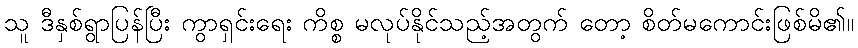
သူ ဒီနှစ်ရွာပြန်ပြီး ကွာရှင်းရေး ကိစ္စ မလုပ်နိုင်သည့်အတွက် တော့ စိတ်မကောင်းဖြစ်မိ၏။